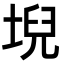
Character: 堄